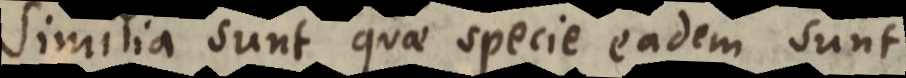
Similia sunt quae specie eadem sunt